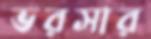
ভরসার